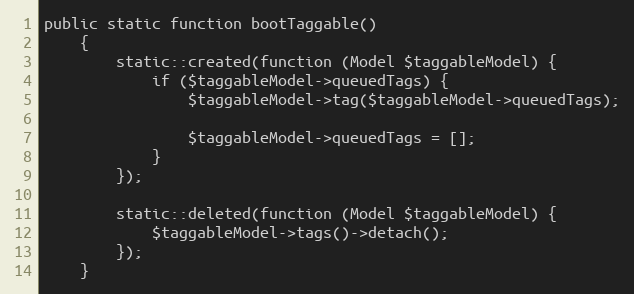
Language: PHP
public static function bootTaggable()
    {
        static::created(function (Model $taggableModel) {
            if ($taggableModel->queuedTags) {
                $taggableModel->tag($taggableModel->queuedTags);

                $taggableModel->queuedTags = [];
            }
        });

        static::deleted(function (Model $taggableModel) {
            $taggableModel->tags()->detach();
        });
    }